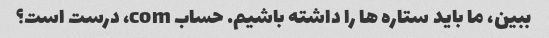
ببین، ما باید ستاره ها را داشته باشیم. حساب com، درست است؟